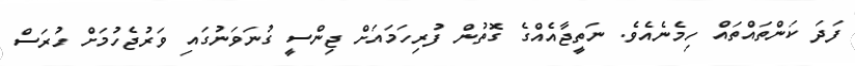
ފަދަ ކަންތައްތައް ހިމެނެއެވެ. ނަތީޖާއެއްގެ ގޮތުން ފުރިހަމައަށް ޖިންސީ ގުނަވަނުގައި ވަރުޖެހުމަށް ހުރަސް